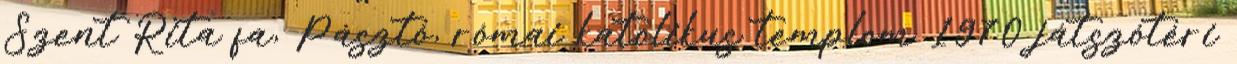
Szent Rita fa, Pásztó, római katolikus templom 1970 játszótéri